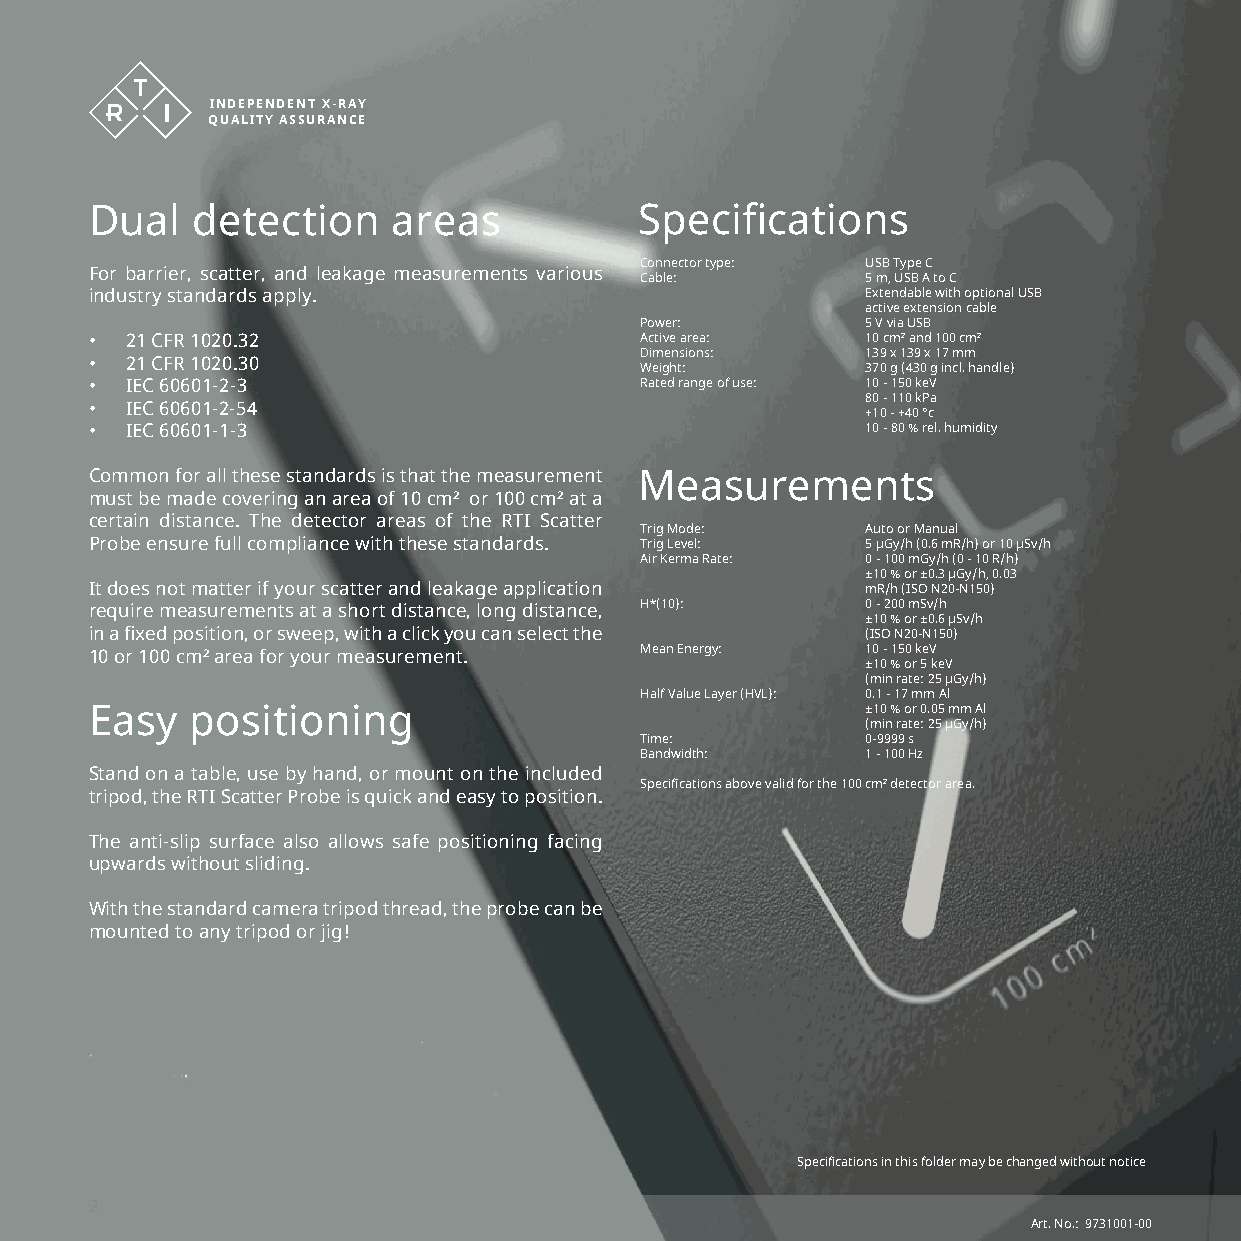
INDEPEND ENT X-RAY
 QUALITY ASSURANCE
 Dual   detection    areas           Specifications
 Connector type: USB Type C
 For barrier, scatter, and leakage measurements various
 Cable:         5 m, USB A to C
 industry standards apply.                          Extendable with optional USB
 active extension cable
 Power:         5 V via USB
 • 21 CFR 1020.32                    Active area:   10 cm² and 100 cm²
 Dimensions:    139 x 139 x 17 mm
 • 21 CFR 1020.30
 Weight:        370 g (430 g incl. handle)
 • IEC 60601-2-3                     Rated range of use: 10 - 150 keV
 80 - 110 kPa
 • IEC 60601-2-54
 +10 - +40 °c
 • IEC 60601-1-3                                    10 - 80 % rel. humidity
 Common for all these standards is that the measurement Measurements
 must be made covering an area of 10 cm² or 100 cm² at a
 certain distance. The detector areas of the RTI Scatter
 Trig Mode:     Auto or Manual
 Probe ensure full compliance with these standards. Trig Level: 5 μGy/h (0.6 mR/h) or 10 μSv/h
 Air Kerma Rate: 0 - 100 mGy/h (0 - 10 R/h)
 ±10 % or ±0.3 μGy/h, 0.03
 It does not matter if your scatter and leakage application mR/h (ISO N20-N150)
 require measurements at a short distance, long distance, H*(10): 0 - 200 mSv/h
 ±10 % or ±0.6 μSv/h
 in a fixed position, or sweep, with a click you can select the (ISO N20-N150)
 10 or 100 cm² area for your measurement. Mean Energy: 10 - 150 keV
 ±10 % or 5 keV
 (min rate: 25 μGy/h)
 Half Value Layer (HVL): 0.1 - 17 mm Al
 Easy   positioning                                 ±10 % or 0.05 mm Al
 (min rate: 25 μGy/h)
 Time:          0-9999 s
 Bandwidth:     1 - 100 Hz
 Stand on a table, use by hand, or mount on the included
 Specifications above valid for the 100 cm² detector area.
 tripod, the RTI Scatter Probe is quick and easy to position.
 The anti-slip surface also allows safe positioning facing
 upwards without sliding.
 With the standard camera tripod thread, the probe can be
 mounted to any tripod or jig!
 Specifications in this folder may be changed without notice
 2
 Art. No.: 9731001-00